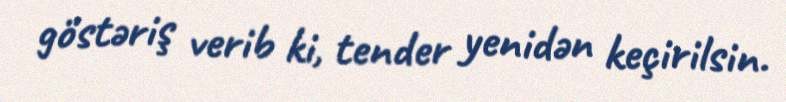
göstəriş verib ki, tender yenidən keçirilsin.